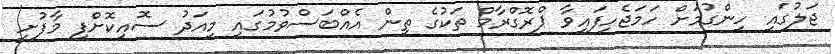
ޖަލުގައި ހިންގުމަށް ހަމަޖެހިފައިވާ ޕްރޮގްރާމް ތަކުގެ ތިން އެއްބަސްވުމުގައި މިއަދު ސޮއިކޮށްފި މާފުށީ